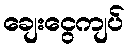
ချေးငွေကျပ်